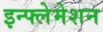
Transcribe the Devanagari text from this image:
इन्फ्लेमेशन